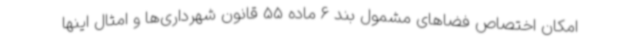
امکان اختصاص فضاهای مشمول بند 6 ماده 55 قانون شهرداری‌ها و امثال اینها